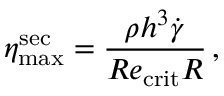
\eta _ { \mathrm { m a x } } ^ { \mathrm { s e c } } = \frac { \rho h ^ { 3 } \Dot { \gamma } } { R e _ { \mathrm { c r i t } } R } \, ,